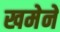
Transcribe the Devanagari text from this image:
खमेने